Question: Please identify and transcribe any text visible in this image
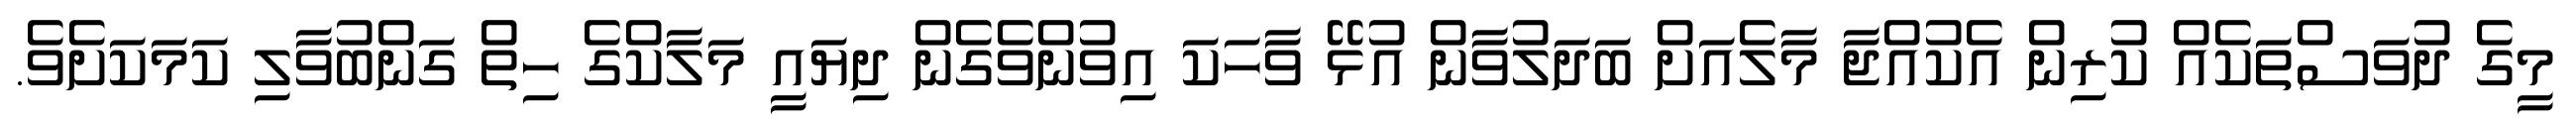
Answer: މީގެ ދުވަސްތަކެއް ކުރިން އެކުއްޖާ މާލެއަށް ބަދަލުވާން އުޅޭ ވާހަކަ އިވުންވެގެން ދިޔައީ މަލާކްގެ ހިތް ގަންބުވާލި ކަމަކަށެވެ.